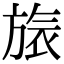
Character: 𣄆